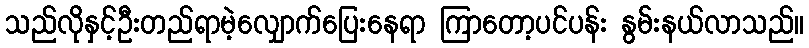
သည်လိုနှင့်ဦးတည်ရာမဲ့လျှောက်ပြေးနေရာ ကြာတော့ပင်ပန်း နွမ်းနယ်လာသည်။